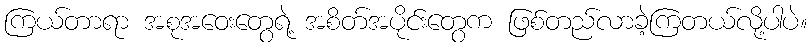
ကြယ်တာရာ အစုအဝေးတွေရဲ့ အစိတ်အပိုင်းတွေက ဖြစ်တည်လာခဲ့ကြတယ်လို့ပါပဲ။